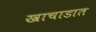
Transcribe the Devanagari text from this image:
खाचाडात